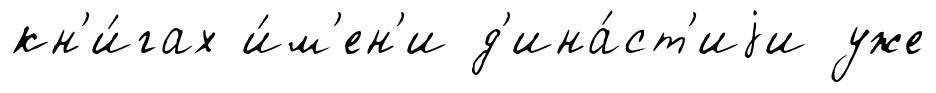
кн'и́гах и́м'ен'и д'ина́ст'иjи уже